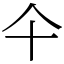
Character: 仐